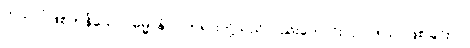
ကုသိုလ်ဖြစ်ကုန်သော။ ဓမ္မာနံဝါ၊ တရားတို့သည်လည်းကောင်း။ ဥပ္ပါဒါယ၊ ဖြစ်ခြင်းငှါ။